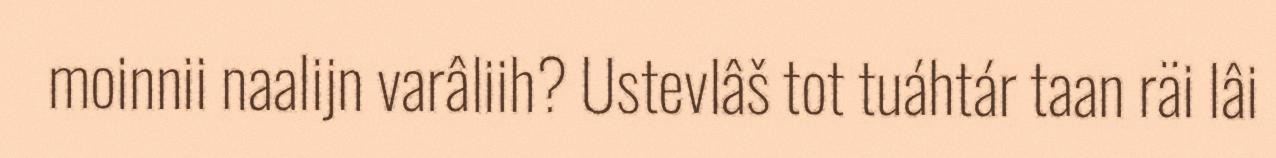
moinnii naalijn varâliih? Ustevlâš tot tuáhtár taan räi lâi